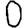
Digit: 0